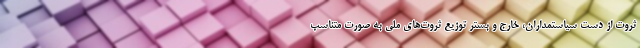
ثروت از دست سیاستمداران، خارج و بستر توزیع ثروت‌های ملی به صورت متناسب